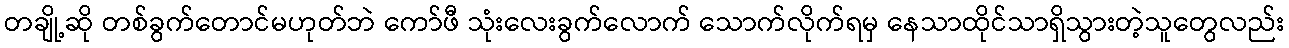
တချို့ဆို တစ်ခွက်တောင်မဟုတ်ဘဲ ကော်ဖီ သုံးလေးခွက်လောက် သောက်လိုက်ရမှ နေသာထိုင်သာရှိသွားတဲ့သူတွေလည်း